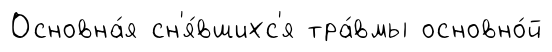
Основна́я сн'я́вшихс'я тра́вмы основно́й